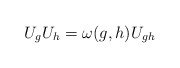
\begin{align*} U_gU_h = \omega(g,h)U_{gh} \end{align*}